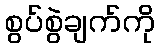
စွပ်စွဲချက်ကို